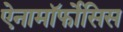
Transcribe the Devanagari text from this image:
ऐनामॉर्फोसिस